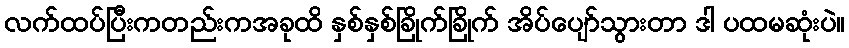
လက်ထပ်ပြီးကတည်းကအခုထိ နှစ်နှစ်ခြိုက်ခြိုက် အိပ်ပျော်သွားတာ ဒါ ပထမဆုံးပဲ။